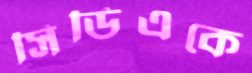
সিডিএকে